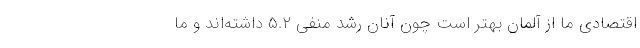
اقتصادی ما از آلمان بهتر است چون آنان رشد منفی ۵.۲ داشته‌اند و ما